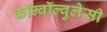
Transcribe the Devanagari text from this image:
कॉन्वॉल्वुलेसी